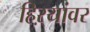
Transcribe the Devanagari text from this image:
हिऱ्यांवर